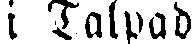
i Talpad.